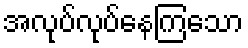
အလုပ်လုပ်နေကြသော